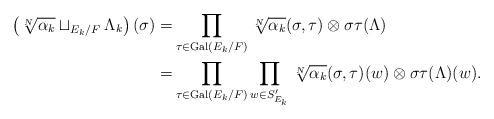
LaTeX: \begin{align*}\left( \sqrt[N]{\alpha_k} \sqcup_{E_k / F} \Lambda_k \right)(\sigma) =& \prod_{\tau \in \mathrm{Gal}(E_k / F)} \sqrt[N]{\alpha_k}(\sigma, \tau) \otimes \sigma \tau ( \Lambda ) \\=& \prod_{\tau \in \mathrm{Gal}(E_k / F)} \prod_{w \in S'_{E_k}} \sqrt[N]{\alpha_k}(\sigma, \tau)(w) \otimes \sigma \tau (\Lambda)(w).\end{align*}